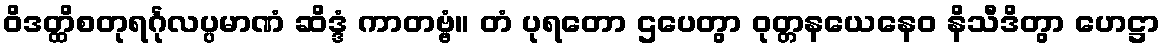
ဝိဒတ္ထိစတုရင်္ဂုလပ္ပမာဏံ ဆိဒ္ဒံ ကာတဗ္ဗံ။ တံ ပုရတော ဌပေတွာ ဝုတ္တနယေနေဝ နိသီဒိတွာ ဟေဋ္ဌာ